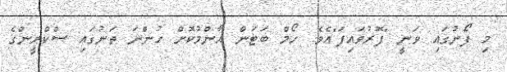
މި ފޯނުގައި ވަނީ "ފޮރުވައިފަ"އެވެ. ހޯމް ބަޓަން އާންމުކޮށް ހުންނަ ތަނުގައި ސްކްރީންގެ